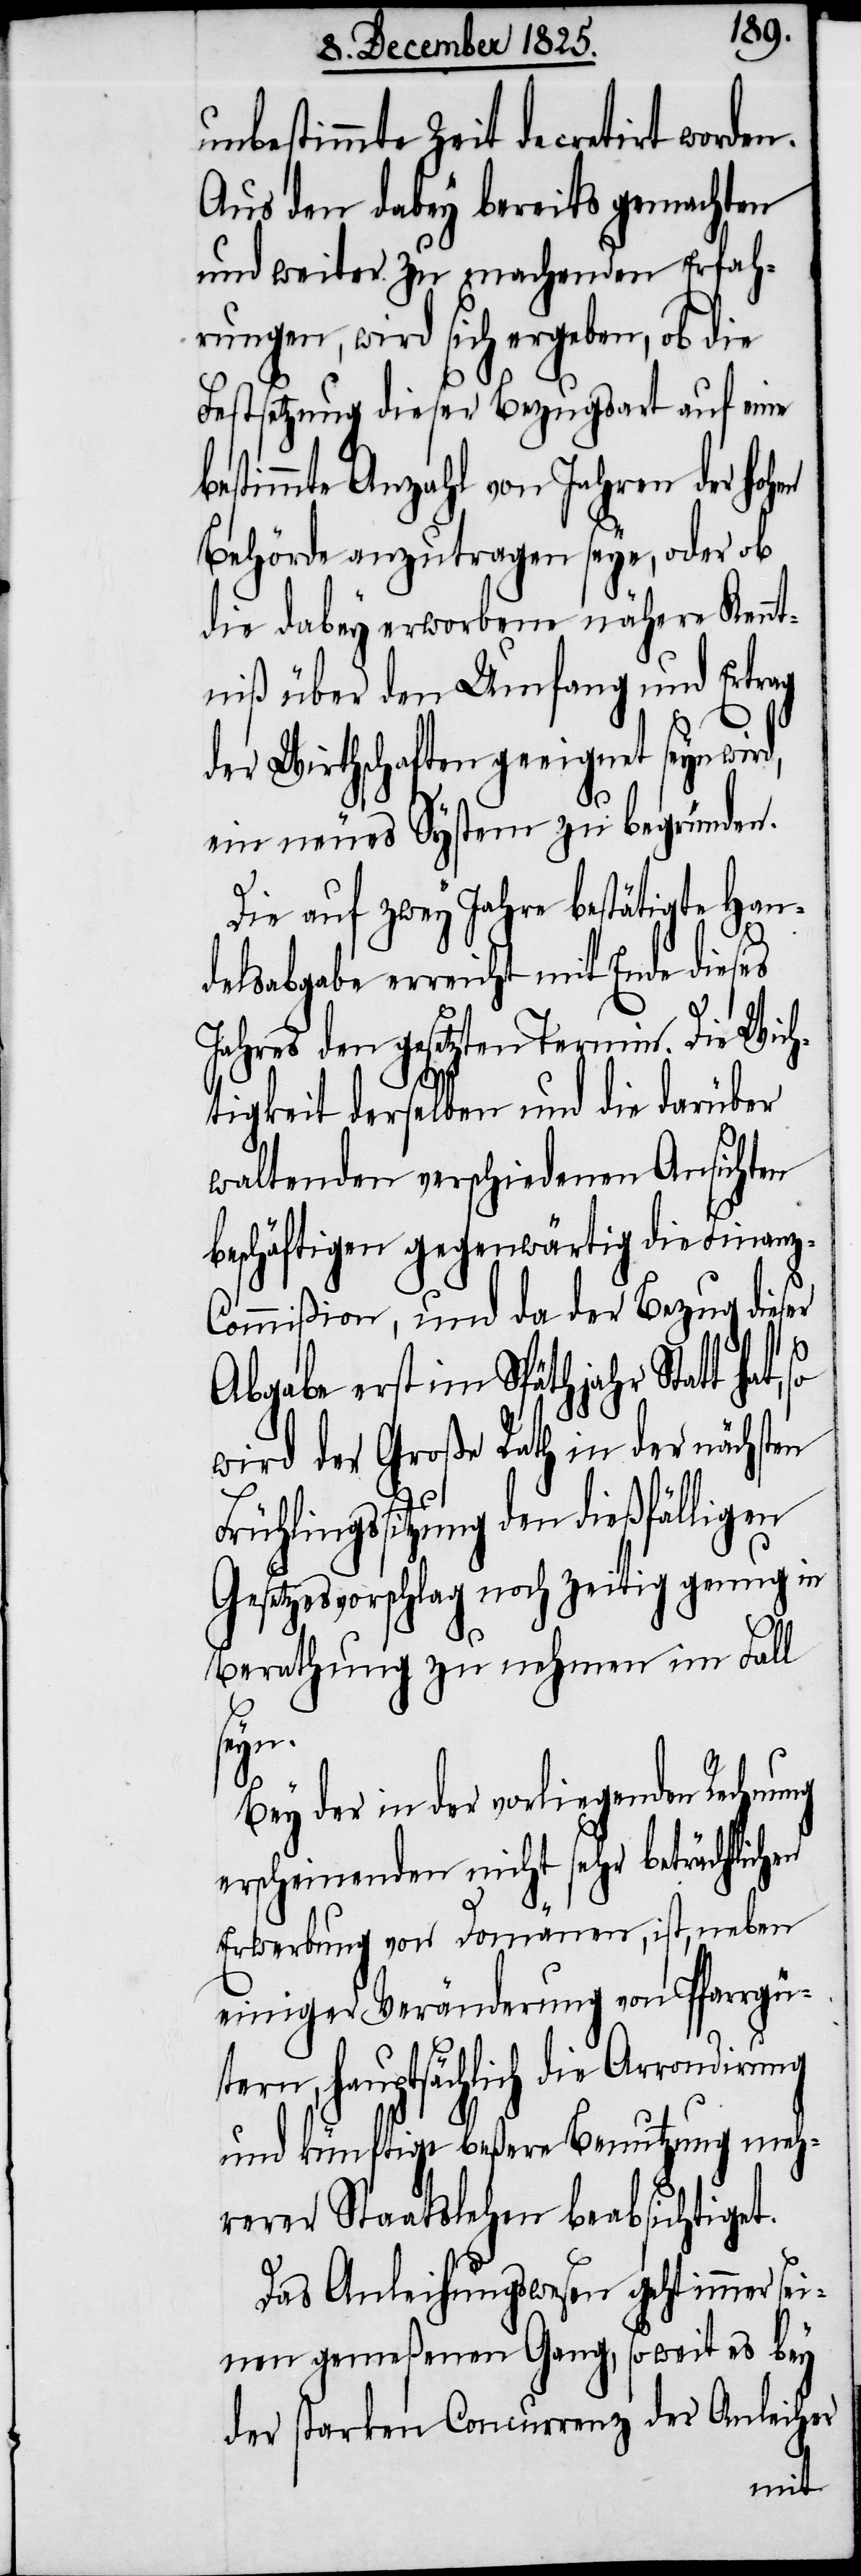
unbestimmte Zeit decretirt worden.
Aus den dabey bereits gemachten
und weiter zu machenden Erfah¬
rungen, wird sich ergeben, ob die
Festsetzung dieser Bezugsart auf eine
bestimmte Anzahl von Jahren der hohen
Behörde anzutragen seye, oder ob
die dabey erworbene nähere Kennt¬
niß über den Umfang und Ertrag
der Wirtschaften geeignet seyn
ein neues System zu begründen.
Die auf zwey Jahre bestätigte Han¬
delsabgabe erreicht mit Ende dieses
Jahres den gesetzten Termin. Die Wich¬
tigkeit derselben und die darüber
waltenden verschiedenen Ansichten
beschäftigen gegenwärtig die Finan¬
z-Commißion, und da der Bezug dieser
Abgabe erst im Späthjahr Statt hat,
wird der Große Rath in der nächsten
Frühlingssitzung den dießfälligen
Gesetzesvorschlag noch zeitig genug in
Berathung zu nehmen im Fall
seyn.
Bey der in der vorliegenden Rechnung
erscheinenden nicht sehr beträchtlichen
Erwerbung von Domänen, ist, neben
einiger Veränderung von Pfarrgü¬
tern, hauptsächlich die Arrondirung
und künftige beßere Benutzung meh¬
rerer Staatslehen beabsichtiget.
Das Anleihungswesen geht immer sei¬
nen gemeßenen Gang, so weit es bey
der starken Concurrenz der Anleiher